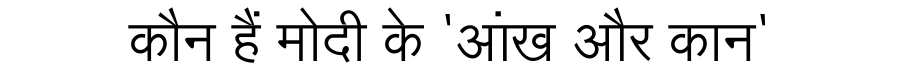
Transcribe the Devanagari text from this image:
कौन हैं मोदी के 'आंख और कान'